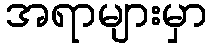
အရာများမှာ